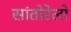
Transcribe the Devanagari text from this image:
सांतोरेलो